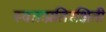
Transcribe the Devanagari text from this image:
स्वतःप्रतिरक्षिती